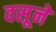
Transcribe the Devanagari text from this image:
वसूने